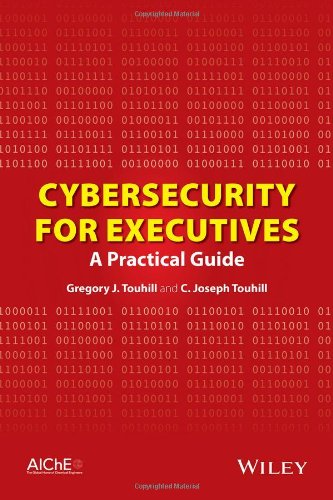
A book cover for Cybersecurity for Executives: A Practical Guide; Gregory J. Touhill; Engineering & Transportation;